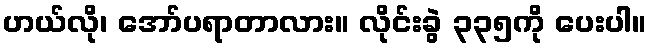
ဟယ်လို၊ အော်ပရာတာလား။ လိုင်းခွဲ ၃၃၅ကို ပေးပါ။